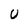
Character: U